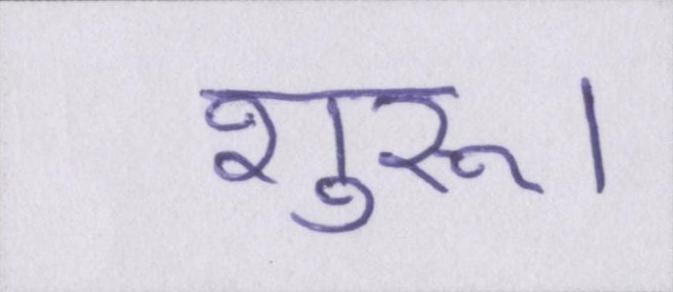
शुरू।